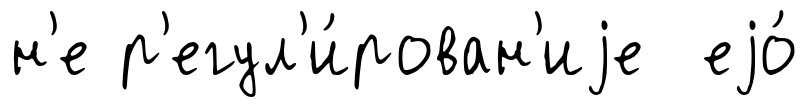
н'е р'егул'и́рован'иjе еjо́